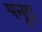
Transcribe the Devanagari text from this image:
मनूद